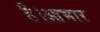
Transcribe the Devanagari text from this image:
है।आभार